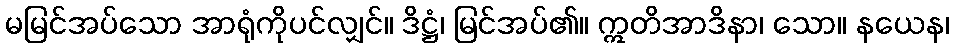
မမြင်အပ်သော အာရုံကိုပင်လျှင်။ ဒိဋ္ဌံ၊ မြင်အပ်၏။ ဣတိအာဒိနာ၊ သော။ နယေန၊